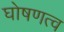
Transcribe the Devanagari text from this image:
घोषणत्व